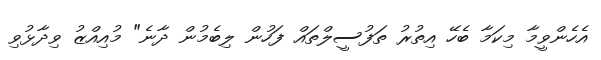
އެހެންވީމާ މިކަމާ ބެހޭ އިތުރު ތަފުސީލްތައް ފަހުން ލިބެމުން ދާނެ" މުއިއްޒު ވިދާޅުވި